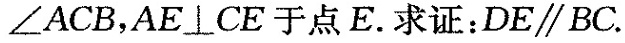
∠ACB，AE\bot CE于点E。求证：DE\parallel BC.